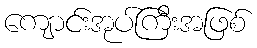
ကျောင်းအုပ်ကြီးအဖြစ်